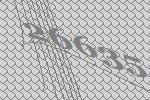
26635